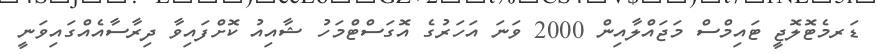
ޑަރމެޓޮލޮޖީ ޓައިމްސް މަޖައްލާއިން 2000 ވަނަ އަހަރުގެ އޮގަސްޓްމަހު ޝާއިއު ކޮށްފައިވާ ދިރާސާއެއްގައިވަނީ